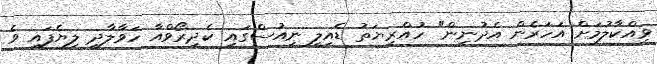
ވިއްކާލުމަށް އަހަރެން އެދުނިން" ހުއްރިޔަތު ޑެއިލީ ނިއުސްގައި ކެދިރޯވްއާ ހަވާލާދީ ލިޔެފައި ވެ